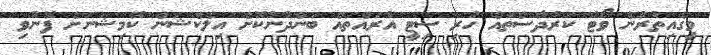
މީގެއިތުރުން ވޯޓު ކަރުދާސްތައް ހުރި ސިޓީ އުރައްތައް ބަންދުނުކޮށް އިލެކްޝަން ކޮމިޝަނަށް ފޮނުވި